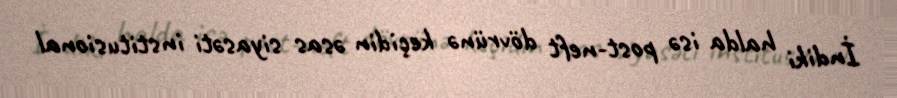
İndiki halda isə post-neft dövrünə keçidin əsas siyasəti institusional